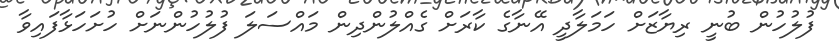
ފުލުހުން ބުނީ ރިޔާޒަށް ހަމަލާދީ އޭނާގެ ކާރަށް ގެއްލުންދިން މައްސަލަ ފުލުހުންނަށް ހުށަހަޅާފައިވާ